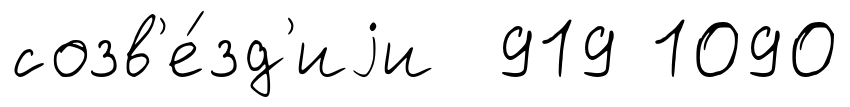
созв'е́зд'иjи 919 1090